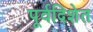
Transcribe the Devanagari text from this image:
पूर्वदिशेत